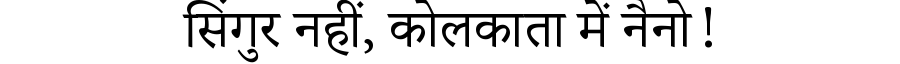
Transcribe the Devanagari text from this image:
सिंगुर नहीं, कोलकाता में नैनो!